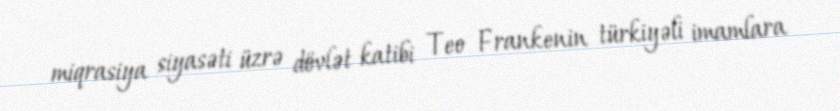
miqrasiya siyasəti üzrə dövlət katibi Teo Frankenin türkiyəli imamlara